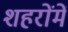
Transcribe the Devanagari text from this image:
शहरोंमें